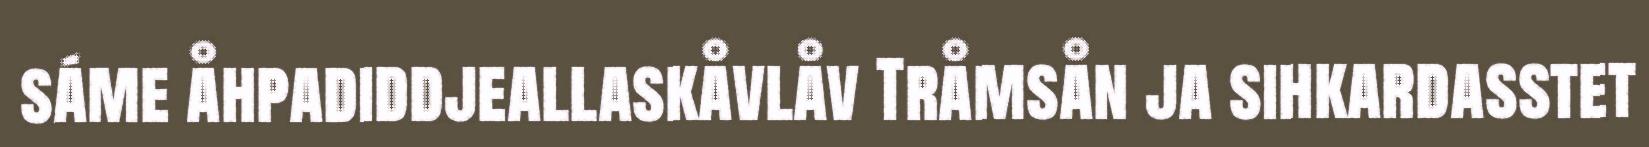
sáme åhpadiddjeallaskåvlåv Tråmsån ja sihkardasstet